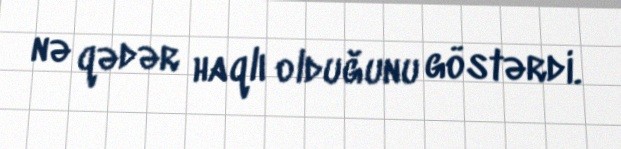
nə qədər haqlı olduğunu göstərdi.